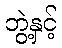
ဘွဲ့နှင့်